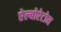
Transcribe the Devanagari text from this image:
ऐल्बोरेटोम